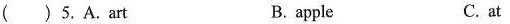
( )5. A.art B. apple C. at